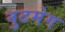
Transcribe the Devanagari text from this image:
नुटमेग